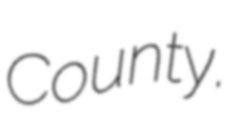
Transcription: County.